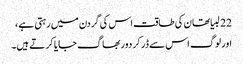
22 لبیا تھان کی طاقت اس کی گردن میں رہتی ہے ،
اور لوگ اس سے ڈر کر دور بھاگ جایا کر تے ہیں۔